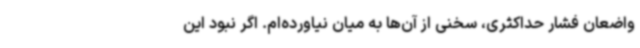
واضعان فشار حداکثری، سخنی از آن‌ها به میان نیاورده‌ام. اگر نبود این